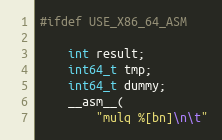
Language: C++
#ifdef USE_X86_64_ASM

	int result;
	int64_t tmp;
	int64_t dummy;
	__asm__(
		"mulq %[bn]\n\t"